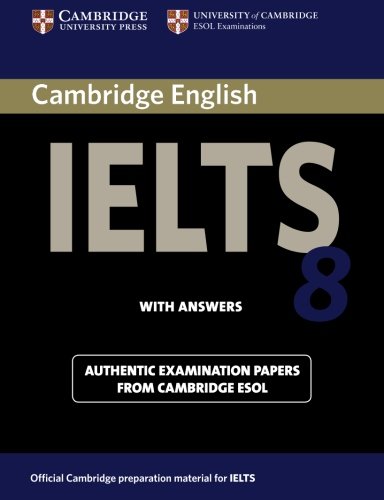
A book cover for Cambridge IELTS 8 Student's Book with Answers: Official Examination Papers from University of Cambridge ESOL Examinations (IELTS Practice Tests); Cambridge ESOL; Reference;